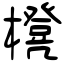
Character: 櫈